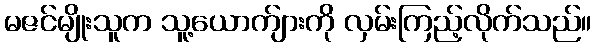
မဇင်မျိုးသူက သူ့ယောက်ျားကို လှမ်းကြည့်လိုက်သည်။